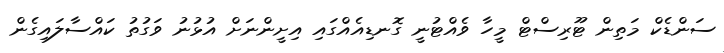
ސަންޑެކް މަތިން ޓޫރިސްޓް މީހާ ވެއްޓުނީ ގޮނޑިއެއްގައި އިށީންނަށް އުޅުނު ވަގުތު ކައްސާލައިގެން